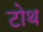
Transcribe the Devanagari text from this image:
टोथ